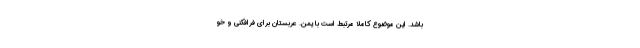
باشد. این موضوع کاملا مرتبط است با یمن. عربستان برای فرافکنی و خو